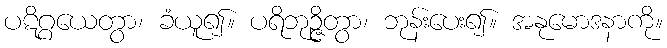
ပဋိဂ္ဂယေတွာ၊ ခံယူ၍။ ပရိဘုဉ္ဇိတွာ၊ ဘုန်းပေး၍။ အနုမောဒနာကို။